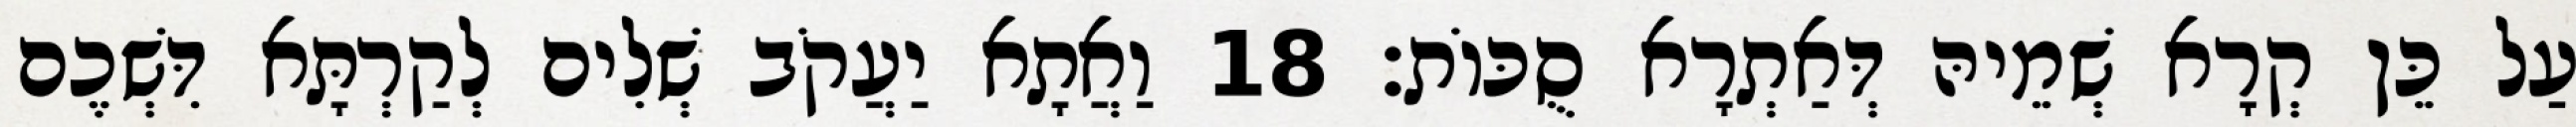
עַל כֵּן קְרָא שְׁמֵיהּ דְּאַתְרָא סֻכּוֹת׃ 18 וַאֲתָא יַעֲקֹב שְׁלִים לְקַרְתָּא דִּשְׁכֶם